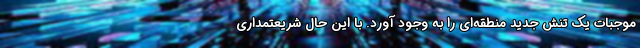
موجبات یک تنش جدید منطقه‌ای را به وجود آورد. با این حال شریعتمداری